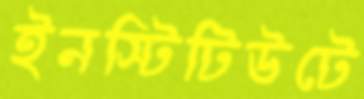
ইনস্টিটিউটে